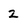
Character: 2